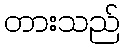
တားသည်